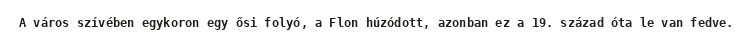
A város szívében egykoron egy ősi folyó, a Flon húzódott, azonban ez a 19. század óta le van fedve.